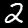
Digit: 2